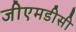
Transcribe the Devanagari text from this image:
जीएमडीसी